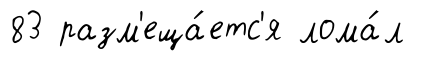
83 разм'еща́етс'я лома́л